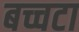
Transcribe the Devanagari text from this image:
बच्चटा